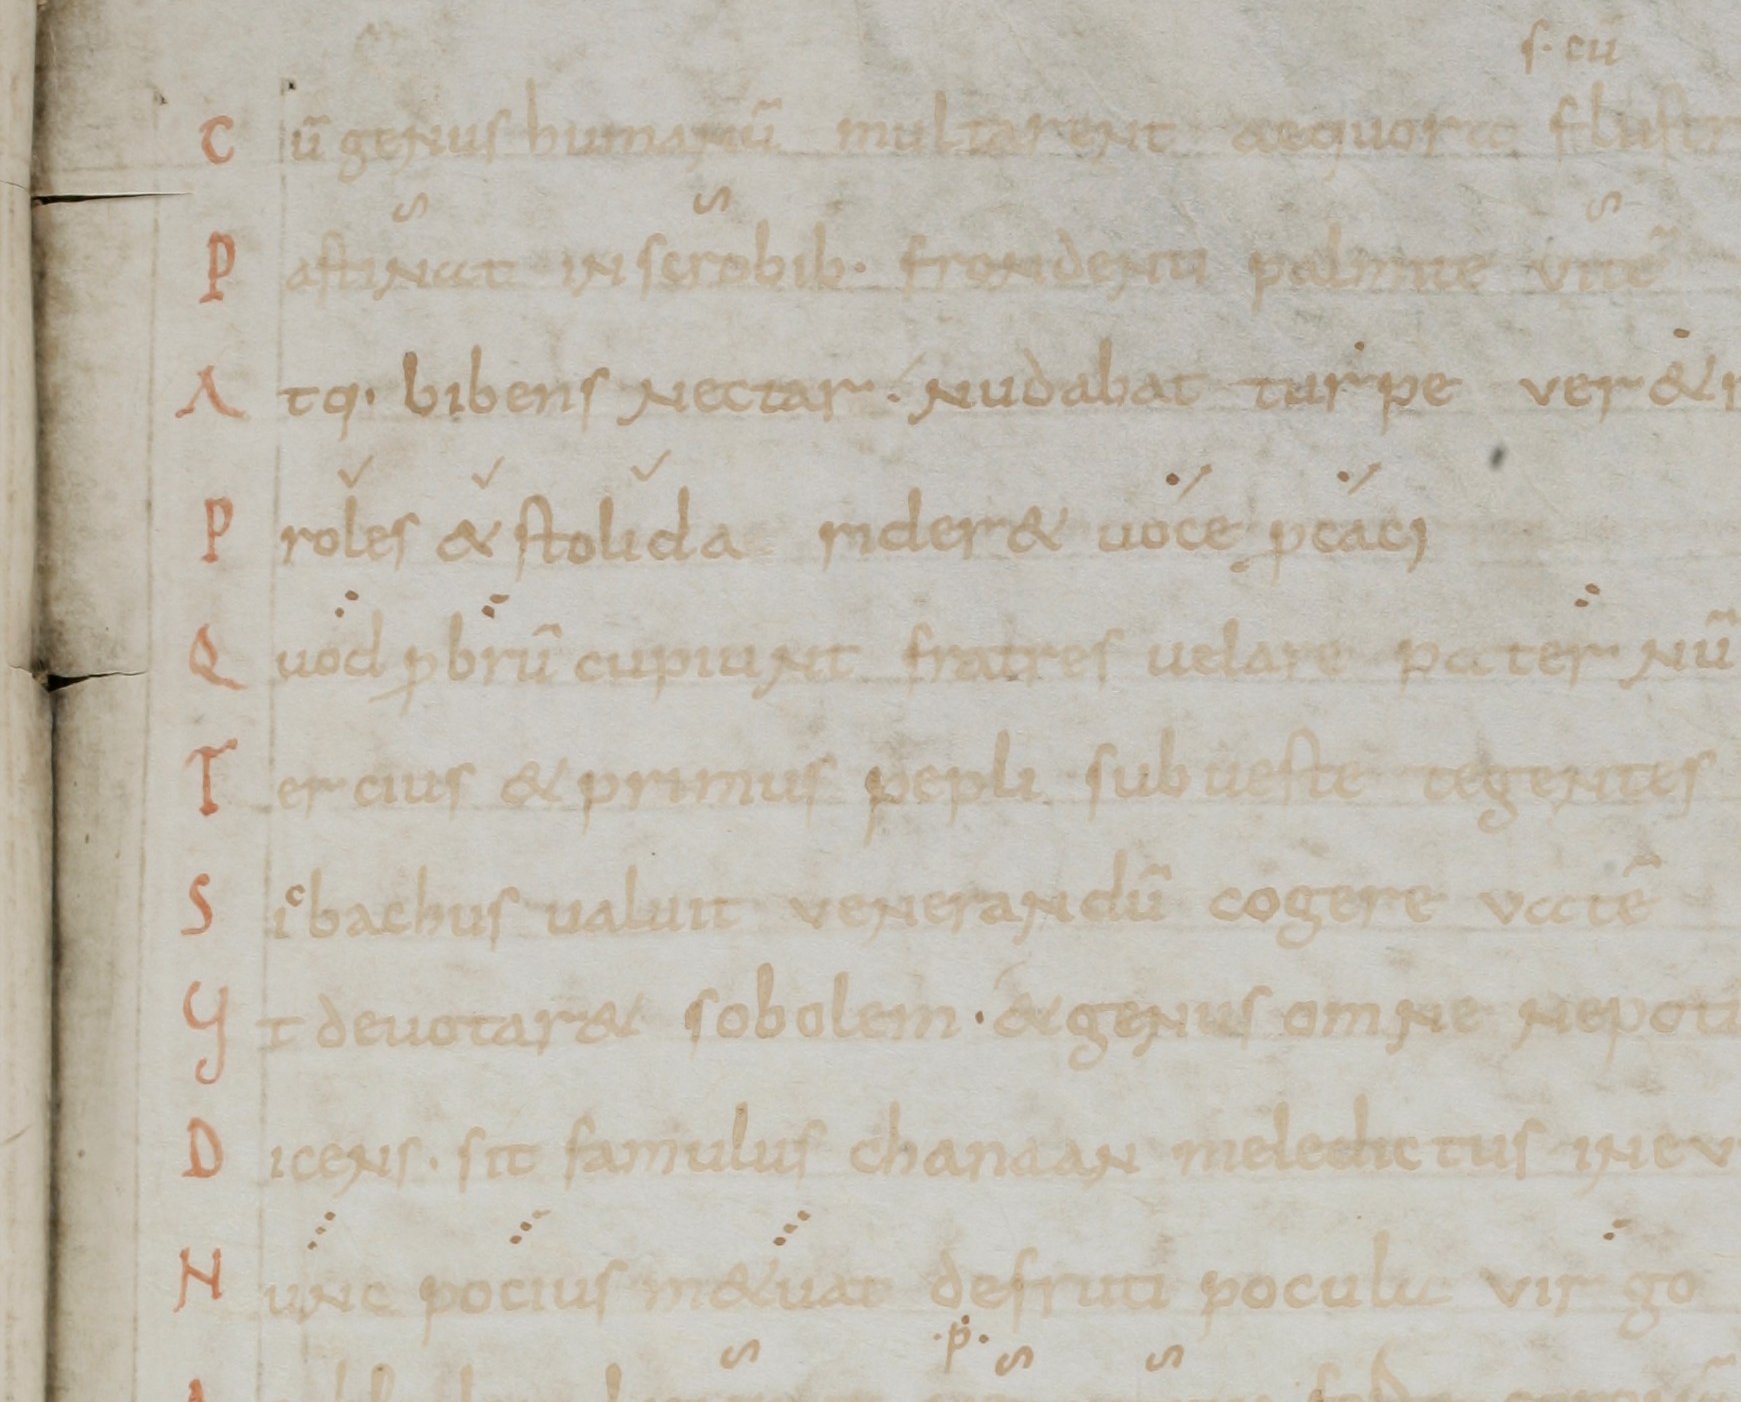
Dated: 900–999